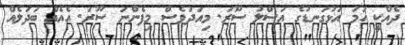
ދެއްކީ ހަމަ އަޅުގަނޑުގެ އަސްލު ސޫރަ. މިއަދުވެސް މިފެންނަ ސޫރަ. އެއެއް ބަދަލެއް